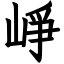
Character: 崢